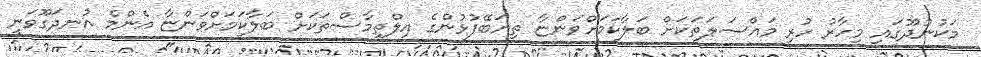
މަކުނުދޫގައި މިހާރު ހުރި މައްސަލަތަކަށް ބަލާކަމަށްވަންޏާ ތިޔަބޭފުޅުންގެ އިލްތިމާސްތަކަށް ބަލާކަމަށްވަންޏާ އެންމެ އުނދަގޫވަނީ